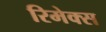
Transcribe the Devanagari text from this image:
रिमेक्स